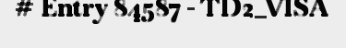
# Entry 84587 - TD2_VISA